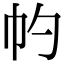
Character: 𢁕